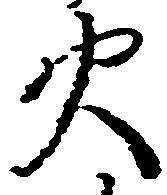
火